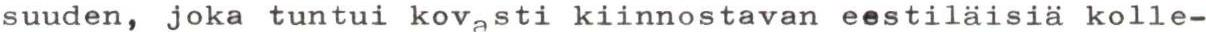
suuden, joka tuntui kovasti kiinnostavan eestiläisiä kolle-